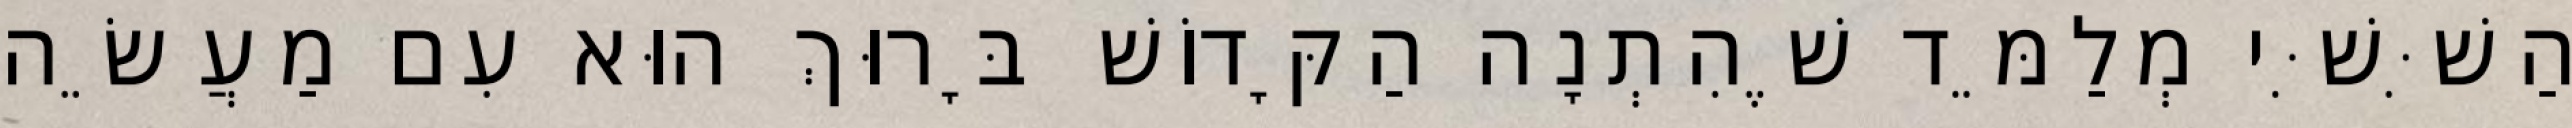
הַשִּׁשִּׁי מְלַמֵּד שֶׁהִתְנָה הַקָּדוֹשׁ בָּרוּךְ הוּא עִם מַעֲשֵׂה